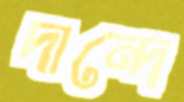
দান্দে